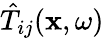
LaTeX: \hat{T}_{ij}(\mathbf{x},\omega)